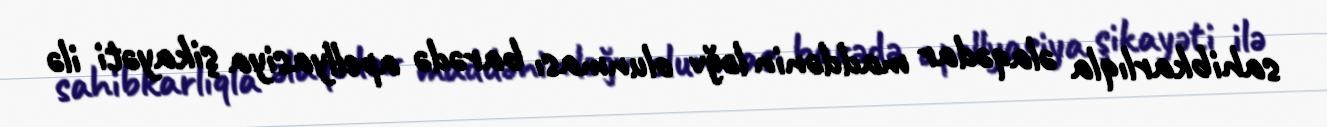
sahibkarlıqla əlaqədar maddənin ləğv olunması barədə apellyasiya şikayəti ilə